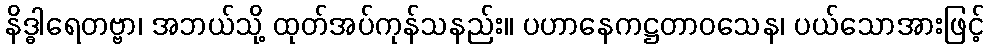
နိဒ္ဓါရေတဗ္ဗာ၊ အဘယ်သို့ ထုတ်အပ်ကုန်သနည်း။ ပဟာနေကဋ္ဌတာဝသေန၊ ပယ်သောအားဖြင့်